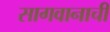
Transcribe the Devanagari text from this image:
सागवानाची